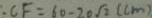
: C F = 6 0 - 2 0 \sqrt { 2 } ( c m )